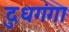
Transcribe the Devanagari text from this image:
दुधगंगा